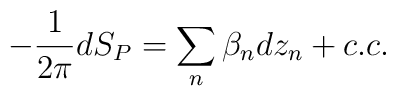
-\frac{1}{2\pi} d S_P = \sum_n\beta_n dz_n + c.c.